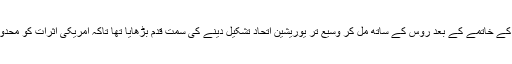
بھارت نے سوویت یونین کی تحلیل اور سرد جنگ کے خاتمے کے بعد روس کے ساتھ مل کر وسیع تر یوریشین اتحاد تشکیل دینے کی سمت قدم بڑھایا تھا تاکہ امریکی اثرات کو محدود رکھنے کا کوئی موثر میکینزم تیار کیا جاسکے۔